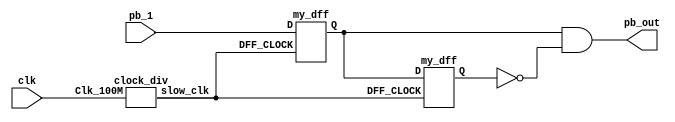
`timescale 1ns / 1ps
//////////////////////////////////////////////////////////////////////////////////
// Company: 
// Engineer: 
// 
// Design Name: 
// Module Name: debouncer
// Project Name: 
// Target Devices: 
// Tool Versions: 
// Description: 
// 
// Dependencies: 
// 
// Revision:
// Revision 0.01 - File Created
// Additional Comments:
// 
//////////////////////////////////////////////////////////////////////////////////


module debouncer(input pb_1,clk,output pb_out); 
wire slow_clk;
wire Q1,Q2,Q2_bar;
clock_div u1(clk,slow_clk);
my_dff d1(slow_clk, pb_1,Q1 );
my_dff d2(slow_clk, Q1,Q2 );
assign Q2_bar = ~Q2;
assign pb_out = Q1 & Q2_bar;
endmodule
// Slow clock for debouncing 
module clock_div(input Clk_100M, output reg slow_clk

    );
    reg [26:0]counter=0;
    always @(posedge Clk_100M)
    begin
        counter <= (counter>=249999)?0:counter+1;
        slow_clk <= (counter < 125000)?1'b0:1'b1;
    end
endmodule
// D-flip-flop for debouncing module 
module my_dff(input DFF_CLOCK, D, output reg Q);

    always @ (posedge DFF_CLOCK) begin
        Q <= D;
    end

endmodule